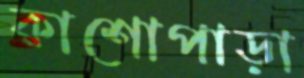
কাশোপাড়া